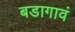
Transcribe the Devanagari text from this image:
बडागावं